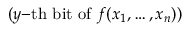
( y { \mathrm { - t h ~ b i t ~ o f ~ } } f ( x _ { 1 } , \ldots , x _ { n } ) )